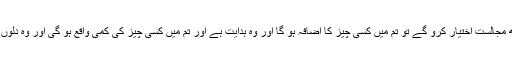
'' تم جب بھی قرآن کے ساتھ مجالست اختیار کرو گے تو تم میں کسی چیز کا اضافہ ہو گا اور وہ ہدایت ہے اور تم میں کسی چیز کی کمی واقع ہو گی اور وہ دلوں کی کوری اور جہالت ہے ۔